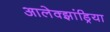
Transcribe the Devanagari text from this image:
आलेक्झांड्रिया